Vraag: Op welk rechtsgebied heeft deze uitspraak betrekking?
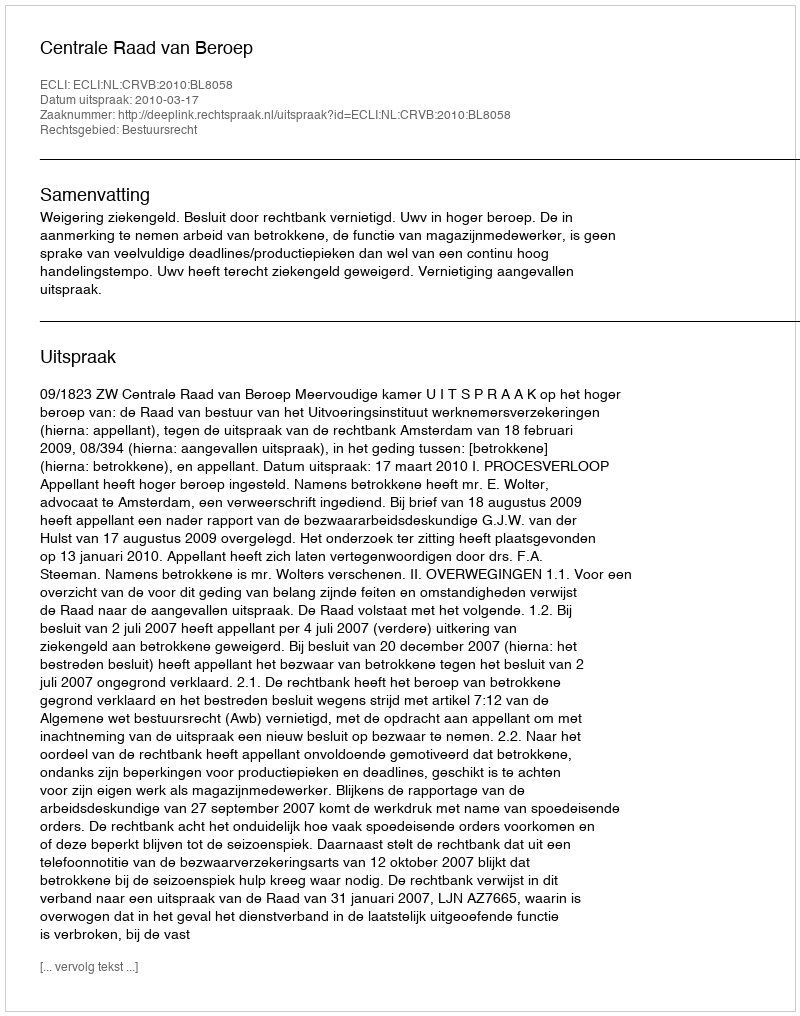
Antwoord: Bestuursrecht